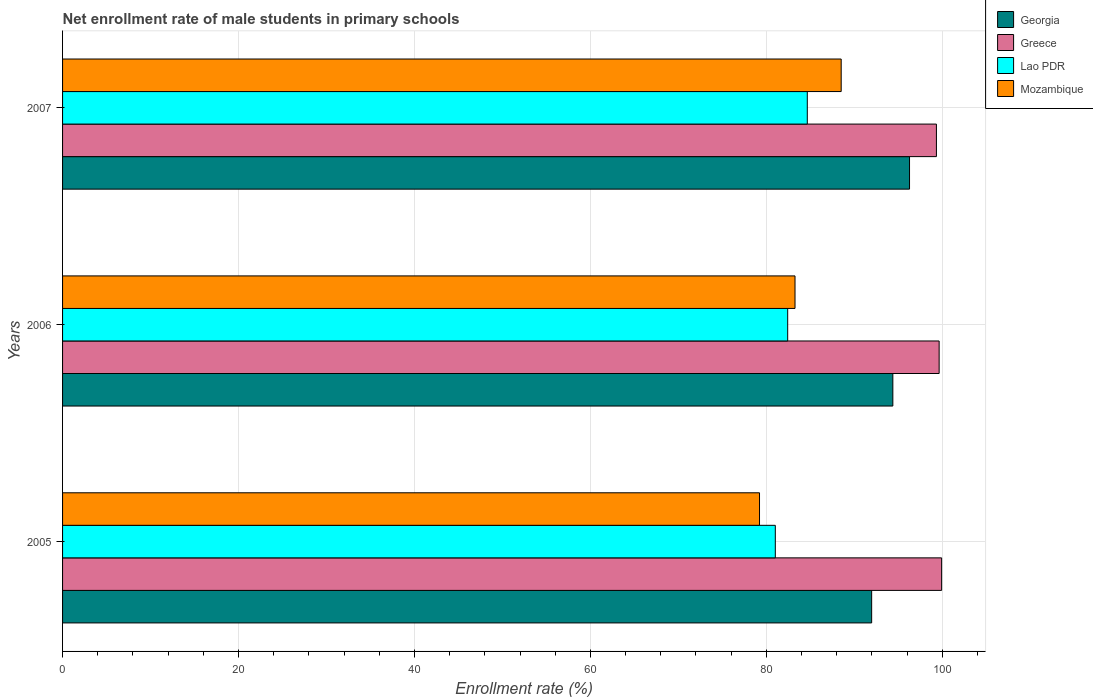
| Years | Georgia | Greece | Lao PDR | Mozambique |
 | --- | --- | --- | --- | --- |
 | 2005 | 92 | 99.9 | 81 | 79.2 |
 | 2006 | 94.4 | 99.6 | 82.4 | 83.3 |
 | 2007 | 96.3 | 99.3 | 84.7 | 88.5 |